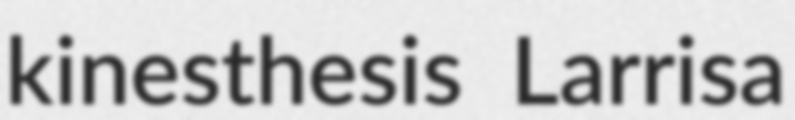
kinesthesis Larrisa